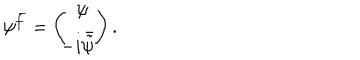
\psi ^ { \bar { f } } = \left( \begin{array} { c } { { \psi \! } } \\ { { \! \! \! - i \bar { \tilde { \psi } } \! } } \\ \end{array} \right) .